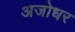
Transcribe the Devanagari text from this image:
अजोधर